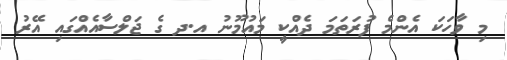
މި ވާހަކަ އެންމެ ފުރަތަމަ ދެެއްކީ މައުމޫނު އ.ދ ގެ ޖަލްސާއެއްްގައި އޭރު